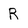
Character: R